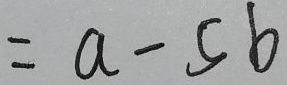
= a - 5 b